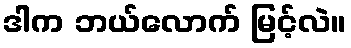
ဒါက ဘယ်လောက် မြင့်လဲ။